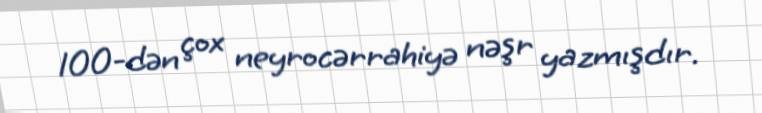
100-dən çox neyrocərrahiyə nəşr yazmışdır.